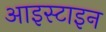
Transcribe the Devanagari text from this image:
आइस्टाइन